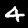
Label: 4